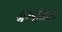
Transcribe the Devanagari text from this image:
अस्त्रांमध्ये